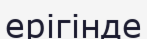
ерігінде